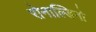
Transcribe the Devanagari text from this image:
रोनाल्डिनो